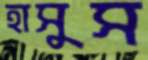
হাসুস